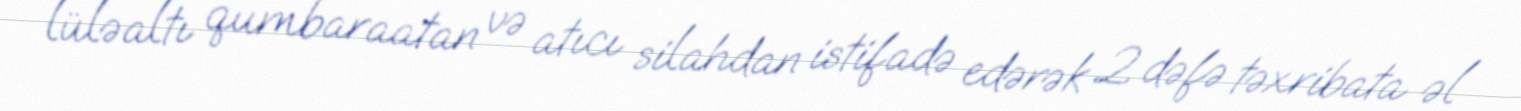
lüləaltı qumbaraatan və atıcı silahdan istifadə edərək 2 dəfə təxribata əl